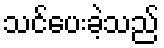
သင်ပေးခဲ့သည်